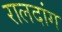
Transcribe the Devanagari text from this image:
रालदांग